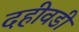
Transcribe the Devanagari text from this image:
दहीवडी